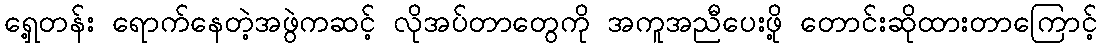
ရှေ့တန်း ရောက်နေတဲ့အဖွဲကဆင့် လိုအပ်တာတွေကို အကူအညီပေးဖို့ တောင်းဆိုထားတာကြောင့်